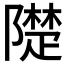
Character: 𨼪